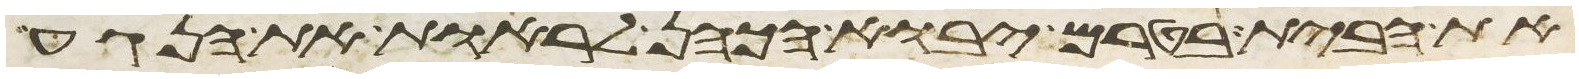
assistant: את הבית בטרם יבוא הכהן לראות את הנגע